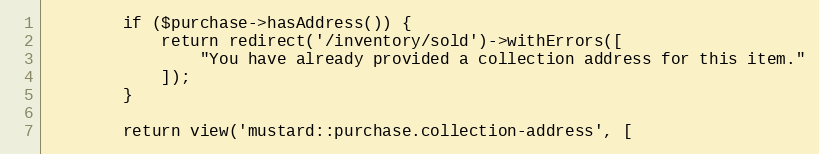
Language: PHP
        if ($purchase->hasAddress()) {
            return redirect('/inventory/sold')->withErrors([
                "You have already provided a collection address for this item."
            ]);
        }

        return view('mustard::purchase.collection-address', [